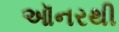
ઑનરથી